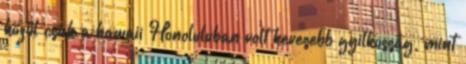
közül csak a hawaii Honoluluban volt kevesebb gyilkosság, mint